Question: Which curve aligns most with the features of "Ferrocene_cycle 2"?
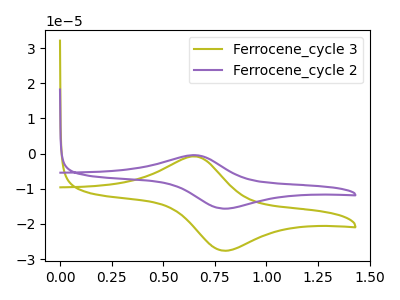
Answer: <think>The olive curve "Ferrocene_cycle 3" has an anodic peak at (0.65V, -0.80uA) and a cathodic peak at (0.80V, -27.60uA). The purple curve "Ferrocene_cycle 2" has an anodic peak at (0.65V, -0.45uA) and a cathodic peak at (0.80V, -15.65uA).
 All the peaks in "Ferrocene_cycle 3" have a peak in "Ferrocene_cycle 2" at the same potential.</think>
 <answer>The CV with the most similar shape to "Ferrocene_cycle 3" is "Ferrocene_cycle 2".</answer>
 <eval>"Ferrocene_cycle 2"</eval>